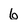
Character: 6